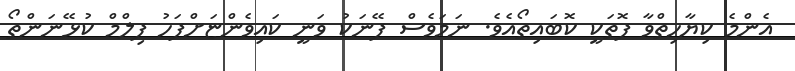
އެންމެ ކިޔާހިތްވާ ފޮތަކީ ކޮބައިތޯއެވެ. ނަމަވެސް ފޭނަކު ވަނީ ކައިވެންޏަށްފަހު ފިލްމް ކުޅޭނަންތޯ